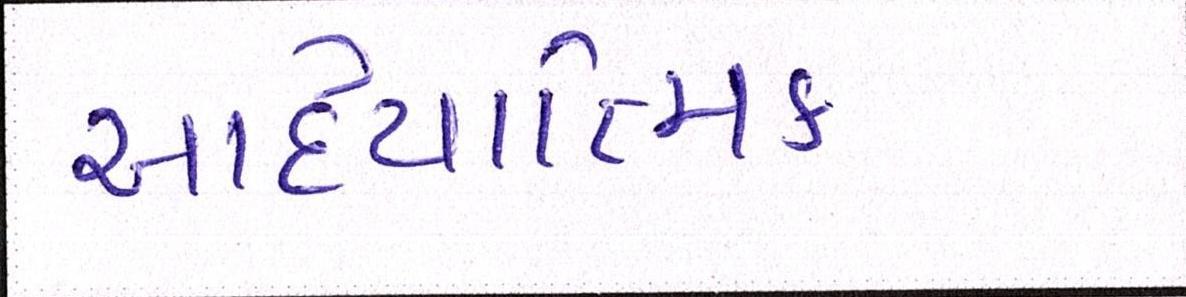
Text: આધ્યાત્મિક